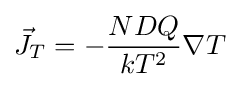
{\vec {J}}_{T}=-{\frac {NDQ}{kT^{2}}}\nabla T